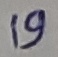
Text: 9